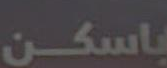
باسكن